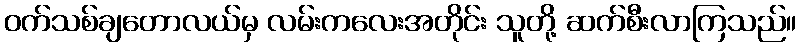
ဝက်သစ်ချတောလယ်မှ လမ်းကလေးအတိုင်း သူတို့ ဆက်စီးလာကြသည်။